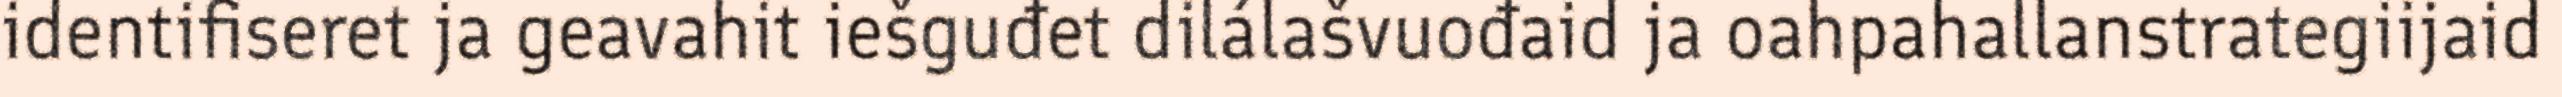
identifiseret ja geavahit iešguđet dilálašvuođaid ja oahpahallanstrategiijaid